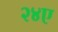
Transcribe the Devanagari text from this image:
२४ए